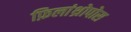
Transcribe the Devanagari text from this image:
फ़िलांथ्रोपोस